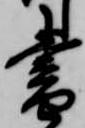
書